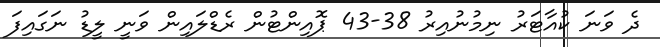
ދެ ވަނަ ކުއާޓަރު ނިމުނުއިރު 38-43 ޕޮއިންޓުން ރެޑްލައިން ވަނީ ލީޑު ނަގައިފަ